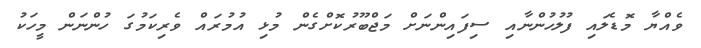
ވެއްޔާ މޮޑެލައި ފުލުހުންނާއި ސިފައިންނަށް މަޖްބޫރުކޮށްގެން މުޅި އުމުރައް ވެރިކަމުގަ ހުންނަން މީހަކު